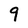
Character: 9